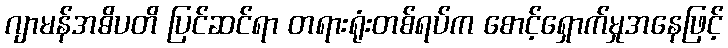
ဂျာမန်အဓိပတိ ပြင်ဆင်ရာ တရားရုံးတစ်ရပ်က စောင့်ရှောက်မှုအနေဖြင့်